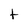
Character: t